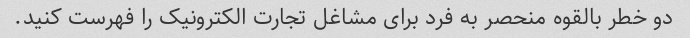
دو خطر بالقوه منحصر به فرد برای مشاغل تجارت الکترونیک را فهرست کنید.